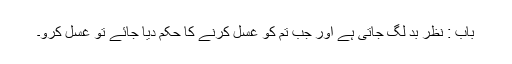
باب : نظر بد لگ جاتی ہے اور جب تم کو غسل کرنے کا حکم دیا جائے تو غسل کرو۔